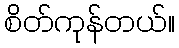
စိတ်ကုန်တယ်။